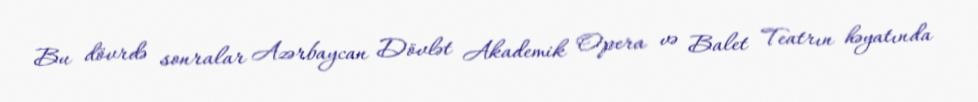
Bu dövrdə sonralar Azərbaycan Dövlət Akademik Opera və Balet Teatrın həyatında